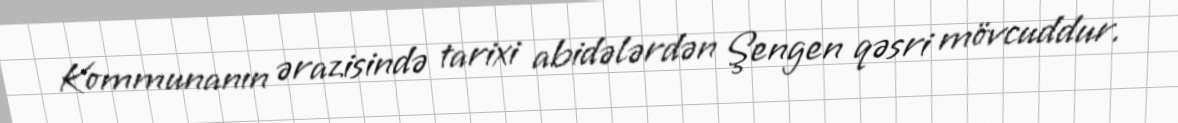
Kommunanın ərazisində tarixi abidələrdən Şengen qəsri mövcuddur.